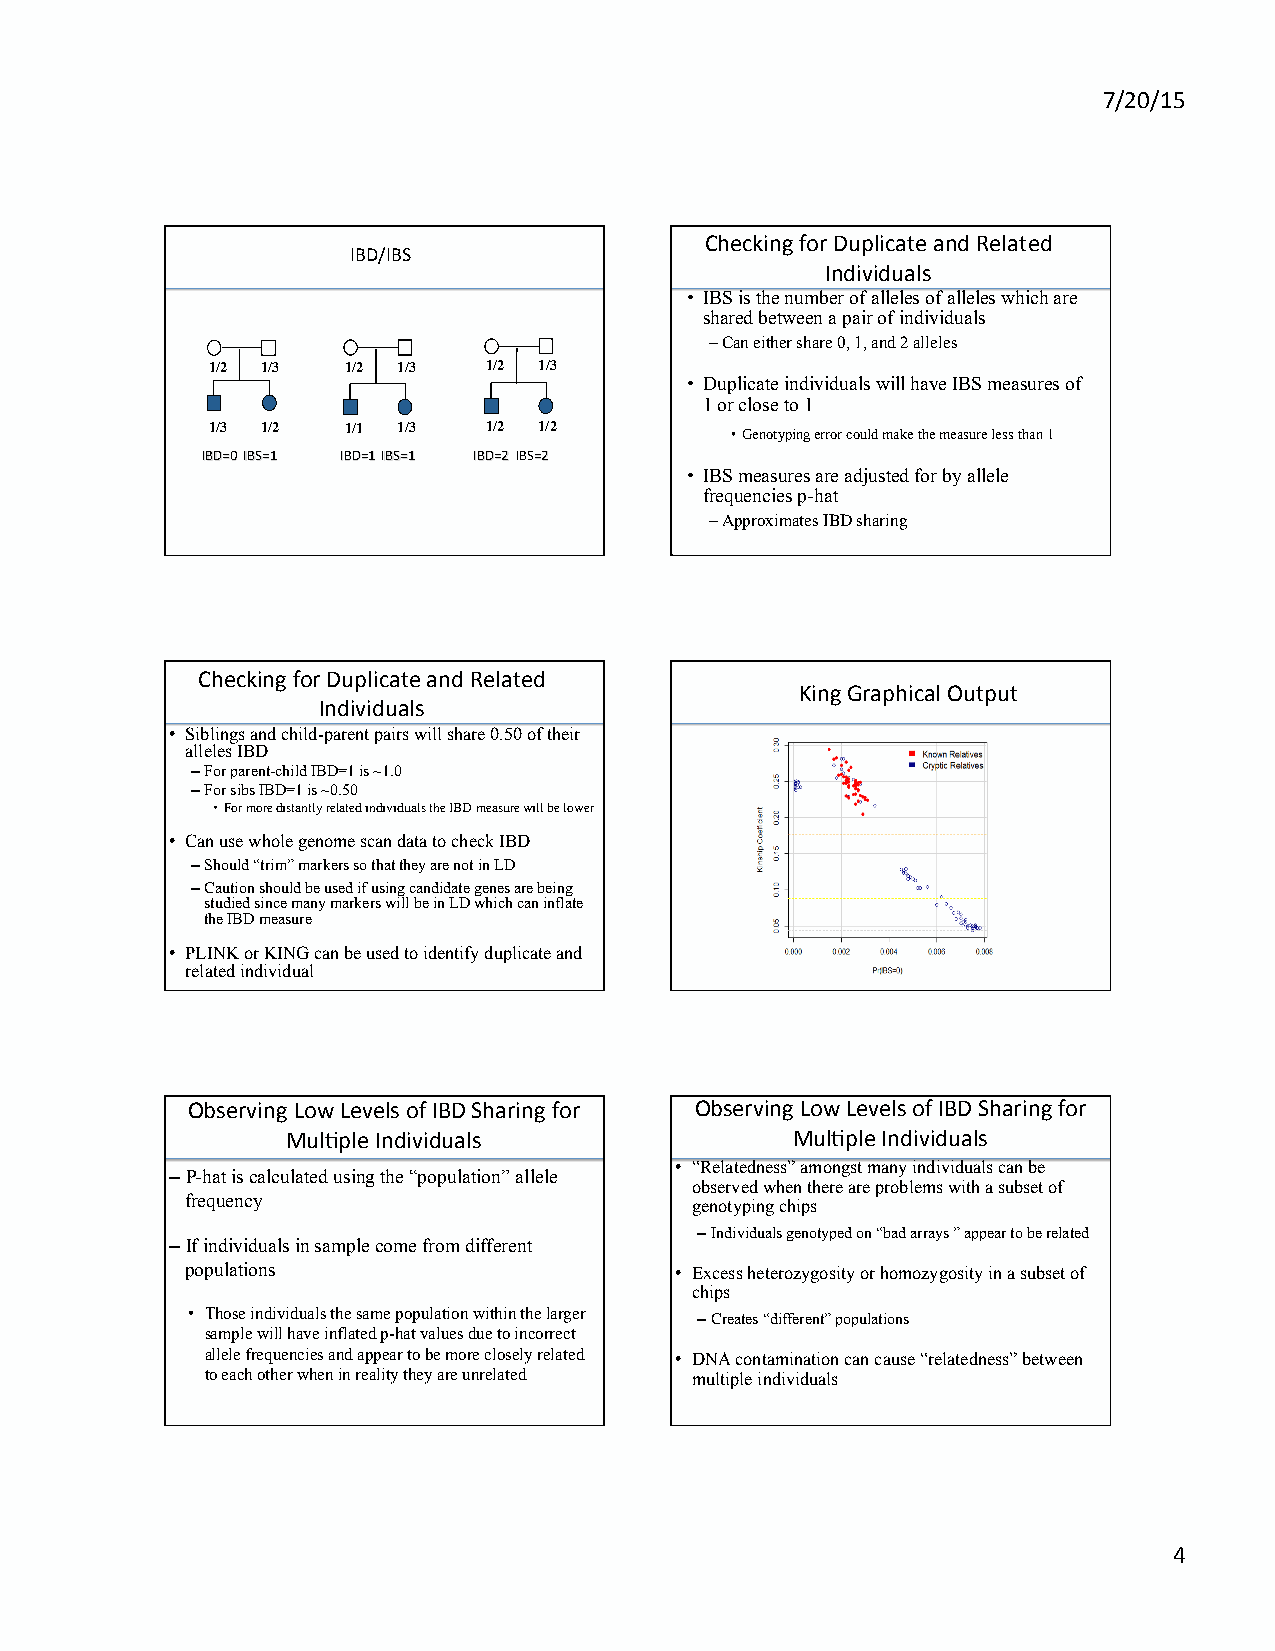
7/20/15
 Checking for Duplicate and Related
 IBD/IBS
 Individuals
 • IBS is the number of alleles of alleles which are
 shared between a pair of individuals
 – Can either share 0, 1, and 2 alleles
 1/2 1/3  1/2 1/3  1/2 1/3
 • Duplicate individuals will have IBS measures of
 1 or close to 1
 1/3 1/2  1/1 1/3  1/2 1/2
 • Genotyping error could make the measure less than 1
 IBD=0 IBS=1 IBD=1 IBS=1 IBD=2 IBS=2
 • IBS measures are adjusted for by allele
 frequencies p-hat
 – Approximates IBD sharing
 Checking for Duplicate and Related
 King Graphical Output
 Individuals
 • Siblings and child-parent pairs will share 0.50 of their
 alleles IBD
 – For parent-child IBD=1 is ~1.0
 – For sibs IBD=1 is ~0.50
 • For more distantly related individuals the IBD measure will be lower
 • Can use whole genome scan data to check IBD
 – Should “trim” markers so that they are not in LD
 – Caution should be used if using candidate genes are being
 studied since many markers will be in LD which can inflate
 the IBD measure
 • PLINK or KING can be used to identify duplicate and
 related individual
 Observing Low Levels of IBD Sharing for Observing Low Levels of IBD Sharing for
 MulCple Individuals               MulCple Individuals
 • “Relatedness” amongst many individuals can be
 – P-hat is calculated using the “population” allele
 observed when there are problems with a subset of
 frequency
 genotyping chips
 – Individuals genotyped on “bad arrays ” appear to be related
 – If individuals in sample come from different
 populations                      • Excess heterozygosity or homozygosity in a subset of
 chips
 • Those individuals the same population within the larger – Creates “different” populations
 sample will have inflated p-hat values due to incorrect
 allele frequencies and appear to be more closely related • DNA contamination can cause “relatedness” between
 to each other when in reality they are unrelated multiple individuals
 4